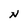
Character: N